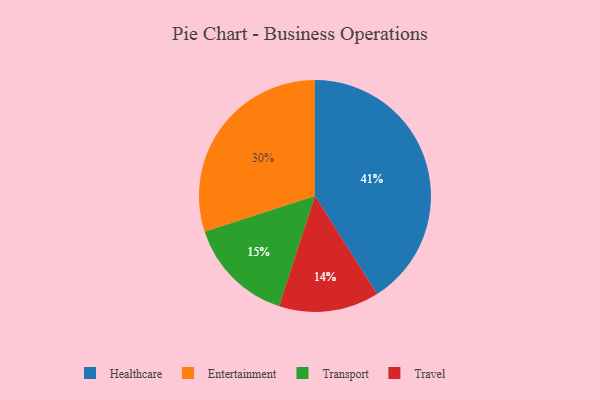
{"axis": {"x": "Category", "y": "Percentage"}, "legend": ["Entertainment", "Healthcare", "Transport", "Travel"], "data": [{"x": "Transport", "y": 15, "type": "Transport"}, {"x": "Travel", "y": 14, "type": "Travel"}, {"x": "Entertainment", "y": 30, "type": "Entertainment"}, {"x": "Healthcare", "y": 41, "type": "Healthcare"}]}